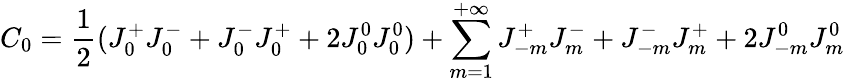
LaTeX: C_{0}=\frac{1}{2}(J_{0}^{+}J_{0}^{-}+J_{0}^{-}J_{0}^{+}+2J_{0}^{0}J_{0}^{0})+\sum_{m=1}^{+\infty}J_{-m}^{+}J_{m}^{-}+J_{-m}^{-}J_{m}^{+}+2J_{-m}^{0}J_{m}^{0}